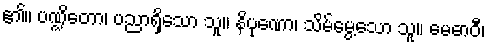
၏။ ပဏ္ဍိတော၊ ပညာရှိသော သူ။ နိပုဏော၊ သိမ်မွေ့သော သူ။ မေဓာဝီ၊